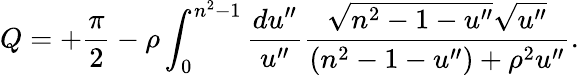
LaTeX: Q=+{\frac{\pi}{2}}-\rho\int_{0}^{n^{2}-1}{\frac{du^{\prime\prime}}{u^{\prime\prime}}}{\frac{\sqrt{n^{2}-1-u^{\prime\prime}}\sqrt{u^{\prime\prime}}}{(n^{2}-1-u^{\prime\prime})+\rho^{2}u^{\prime\prime}}}.